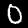
Label: 0